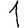
Digit: 1